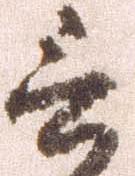
言